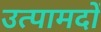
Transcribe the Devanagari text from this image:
उत्पामदों